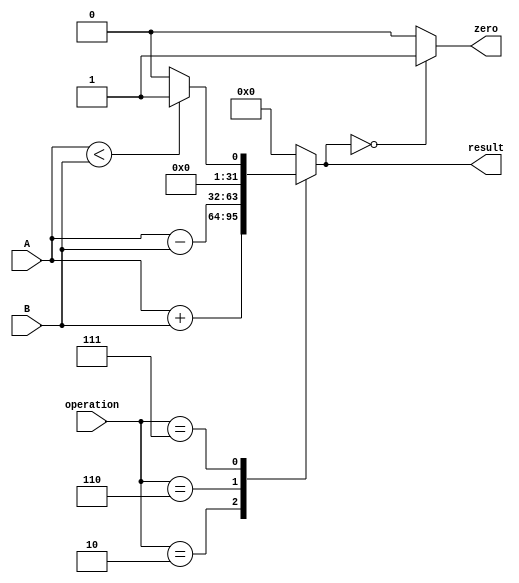
module ALU (operation, A, B, result, zero);
    input [2:0] operation;
    input [31:0] A;
    input [31:0] B;
    output reg [31:0] result; 
    output zero;

    parameter [2:0] ADD = 3'b010, SUB = 3'b110, SLT = 3'b111;

    always @(A, B, operation) begin
        result = 32'd0;
        case (operation)
            ADD : result = A+B;
            SUB : result = A-B;
            SLT : result = (A<B)? 32'd1 : 32'd0;
            default : result = 32'd0;
        endcase
    end

    assign zero = (result == 32'd0) ? 1'b1 : 1'b0;
endmodule